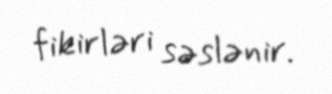
fikirləri səslənir.